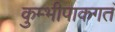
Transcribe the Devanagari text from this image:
कुम्भीपाकगतं